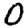
Digit: 0